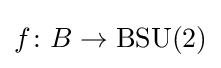
f\colon B\rightarrow \operatorname {BSU} (2)